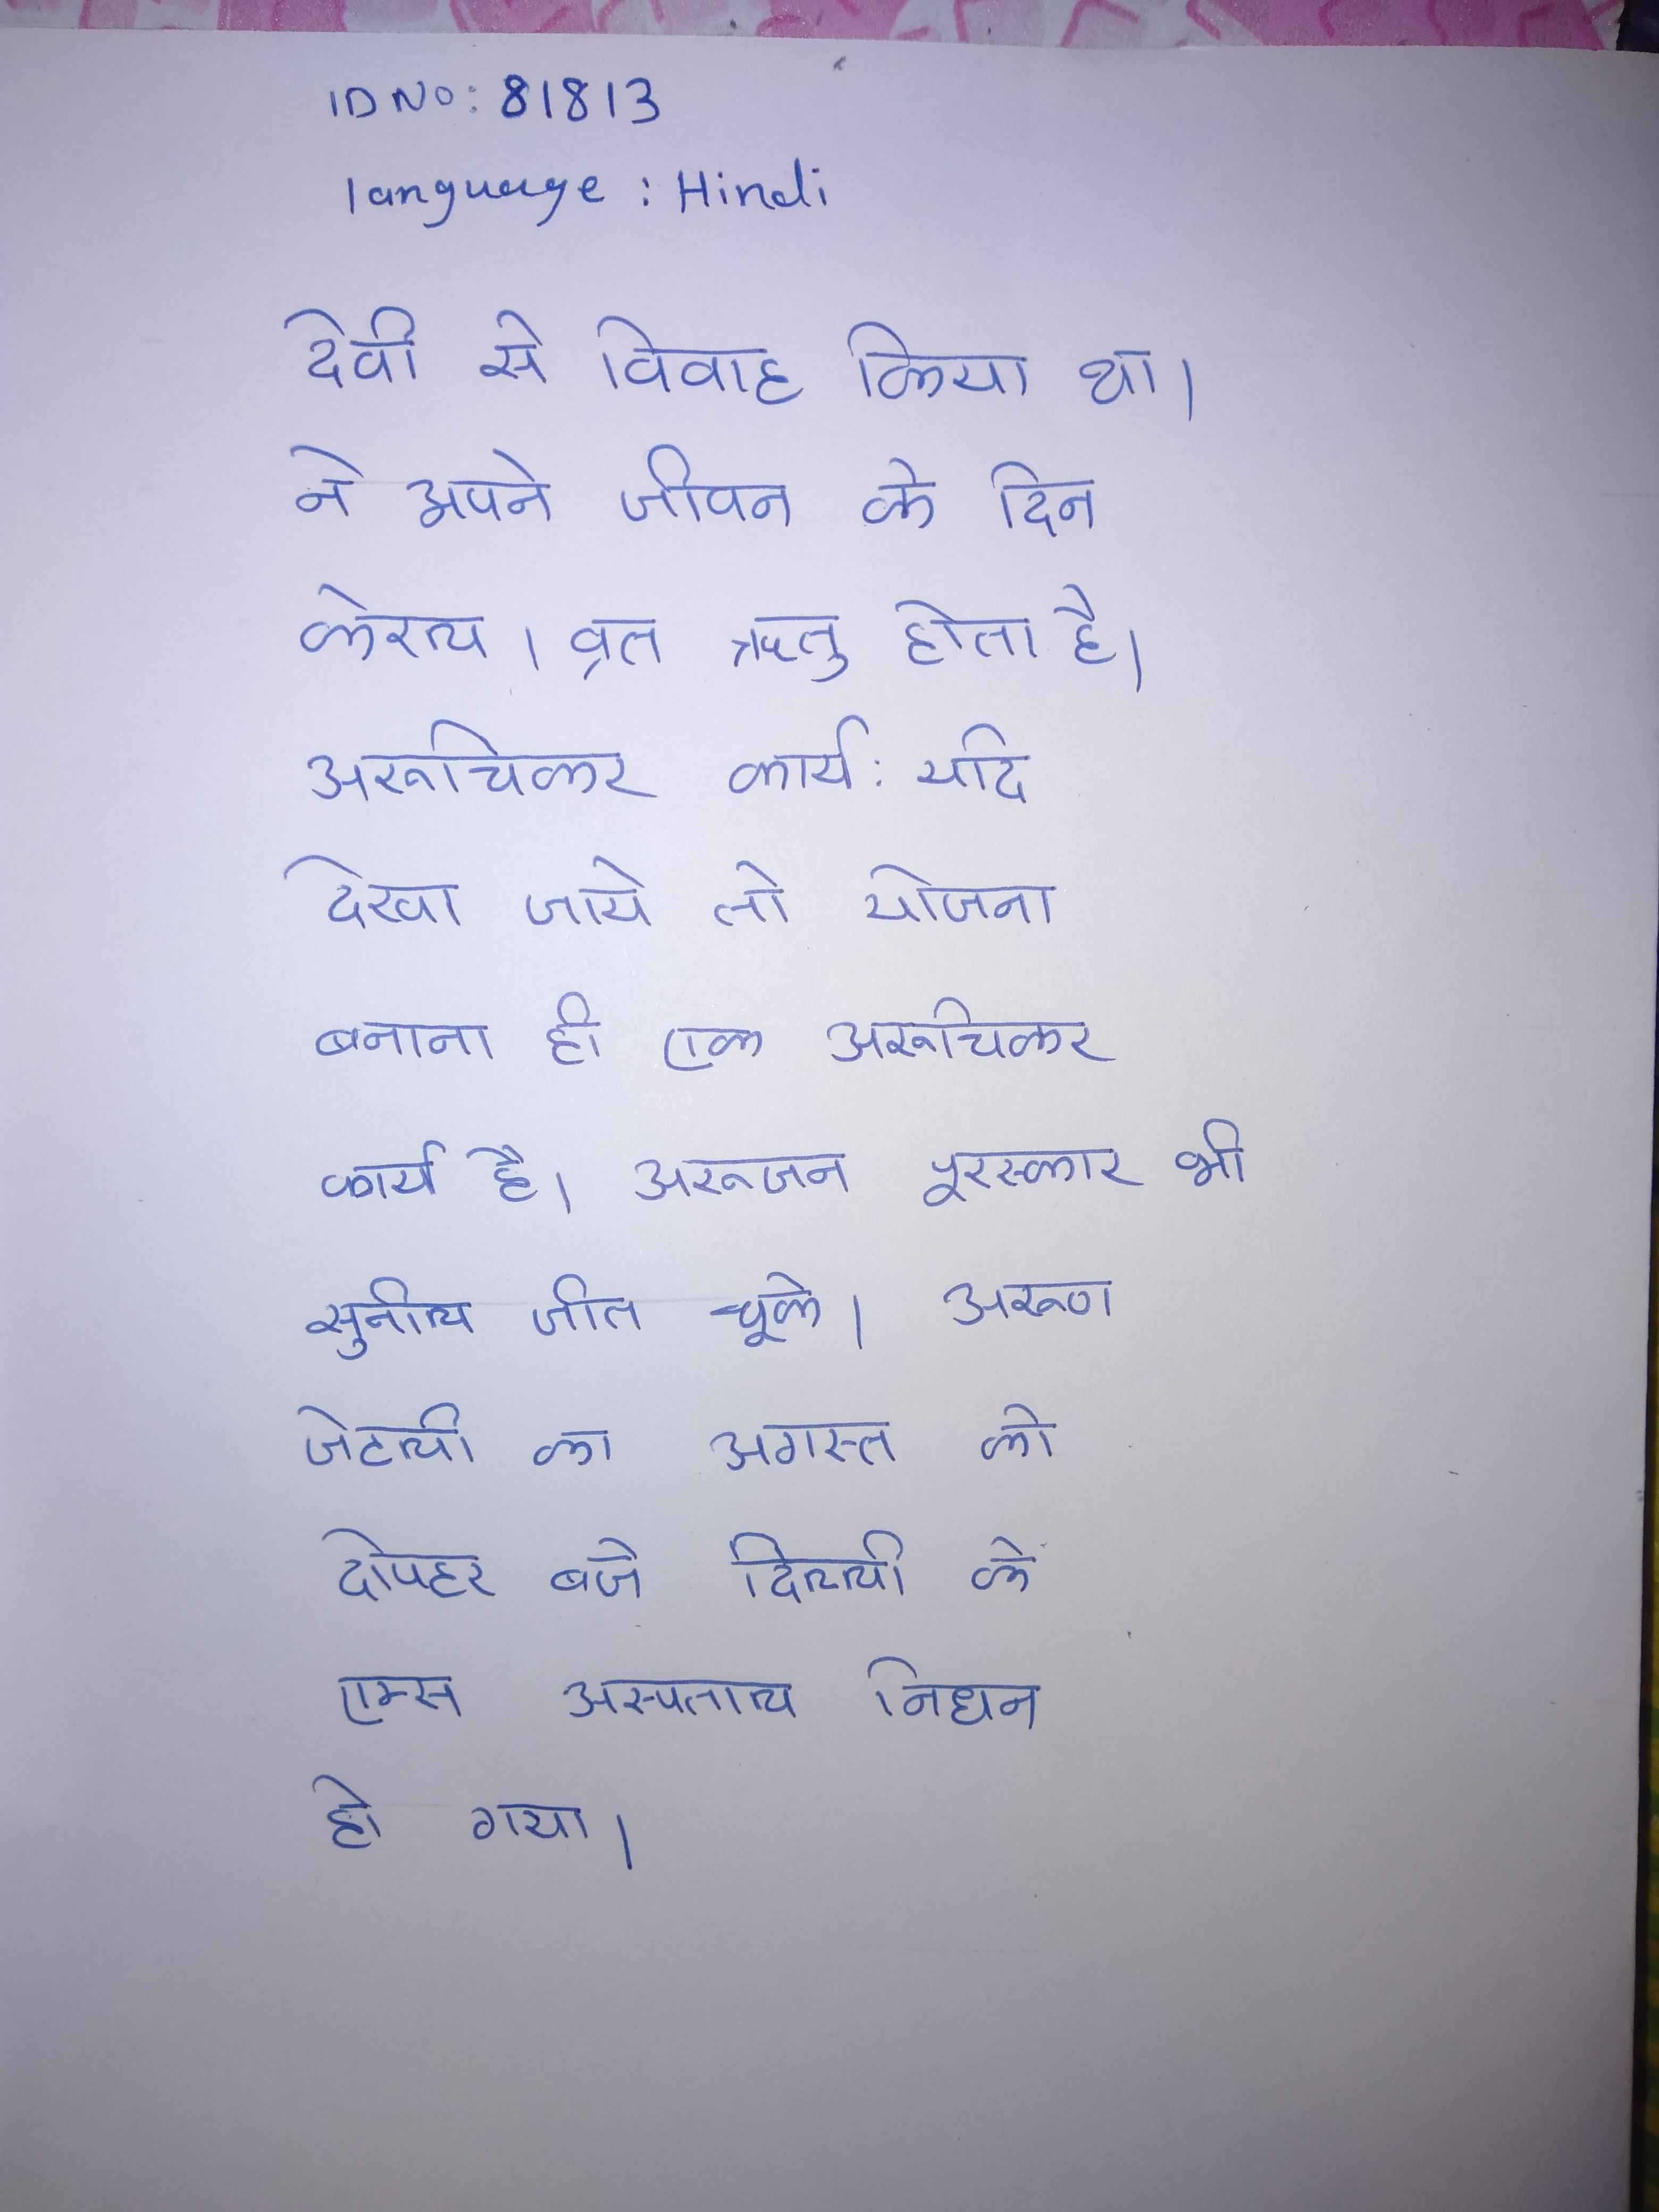
देवी से विवाह किया था । ने अपने जीवन के दिन केरल । व्रत ऋतु होता है । अरूचिकर कार्य: यदि देखा जाये तो योजना बनाना ही एक अरूचिकर कार्य है । अरूजन पुरस्कार भी सुनील जीत चुके । अरूण जेटली का अगस्त को दोपहर बजे दिल्ली के एम्स अस्पताल निधन हो गया ।